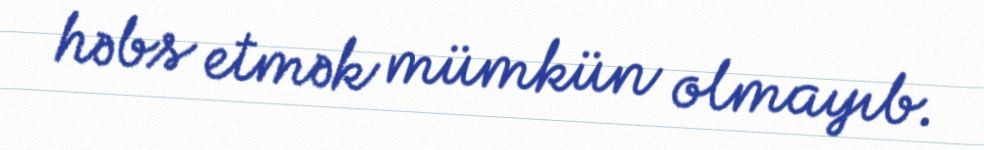
həbs etmək mümkün olmayıb.